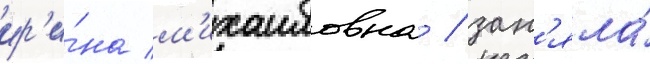
ир'и́на м'ихаиловна / зан'яла́